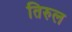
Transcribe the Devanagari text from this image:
तिरुल